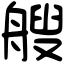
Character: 艘